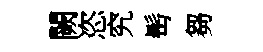
闕恣究髩芻